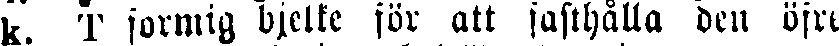
k. T formig bjelke för att fasthålla den öfre